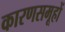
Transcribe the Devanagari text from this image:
कारणसमूहों